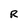
Character: R